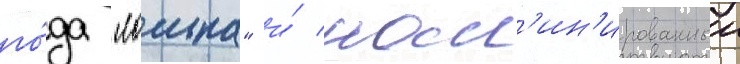
го́да "ломка" и́ ном'ин'ированныи